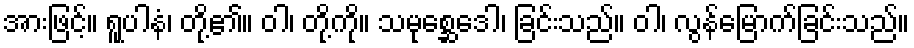
အားဖြင့်။ ရူပါနံ၊ တို့၏။ ဝါ၊ တို့ကို။ သမုစ္ဆေဒေါ၊ ခြင်းသည်။ ဝါ၊ လွန်မြောက်ခြင်းသည်။